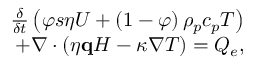
\begin{array} { r } { \frac { \delta } { \delta t } \left( \varphi s \eta U + \left( 1 - \varphi \right) \rho _ { p } c _ { p } T \right) } \\ { + \nabla \cdot \left( \eta \mathbf { q } H - \kappa \nabla T \right) = Q _ { e } , } \end{array}